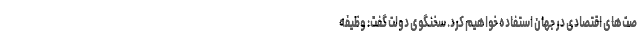
صت‌های اقتصادی در جهان استفاده خواهیم کرد. سخنگوی دولت گفت: وظیفه